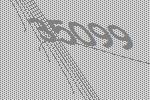
35099